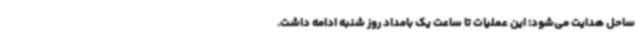
ساحل هدایت می‌شود؛ این عملیات تا ساعت یک بامداد روز شنبه ادامه داشت.